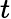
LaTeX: \textit{t}